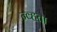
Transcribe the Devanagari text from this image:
न्व्हता